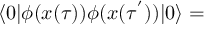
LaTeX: \langle 0 | \phi ( x ( \tau ) ) \phi ( x ( \tau ^ { ' } ) ) | 0 \rangle =